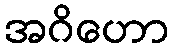
အဂိဟော